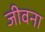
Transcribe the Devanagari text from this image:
जीवना